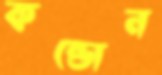
কন্ডোন